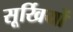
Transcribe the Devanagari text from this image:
सूर्खियों